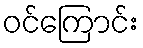
ဝင်ကြောင်း